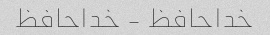
خداحافظ - خداحافظ